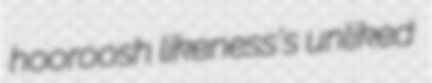
hooroosh likeness's unliked